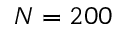
N = 2 0 0